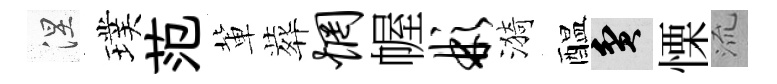
涅璞范軰葬惘幄彬漪醖貧慄𣴑